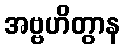
အဗ္ဗဟိတွာန